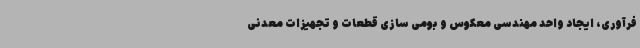
فرآوری، ایجاد واحد مهندسی معکوس و بومی سازی قطعات و تجهیزات معدنی